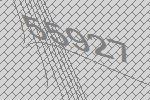
55927